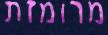
מרומזת